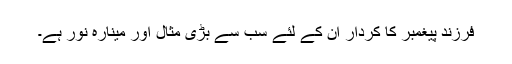
فرزند پیغمبر کا کردار ان کے لئے سب سے بڑی مثال اور مینارہ نور ہے۔